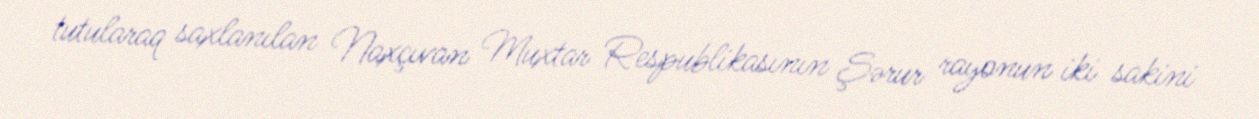
tutularaq saxlanılan Naxçıvan Muxtar Respublikasının Şərur rayonun iki sakini